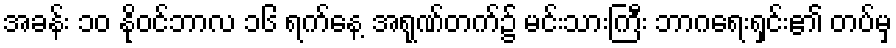
အခန်း ၁၀ နိုဝင်ဘာလ ၁၆ ရက်နေ့ အရုဏ်တက်၌ မင်းသားကြီး ဘာဂရေးရှင်း၏ တပ်မှ